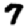
Digit: 7